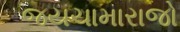
જયચામારાજો